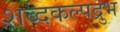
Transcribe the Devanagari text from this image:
शब्दकल्पद्रुभ